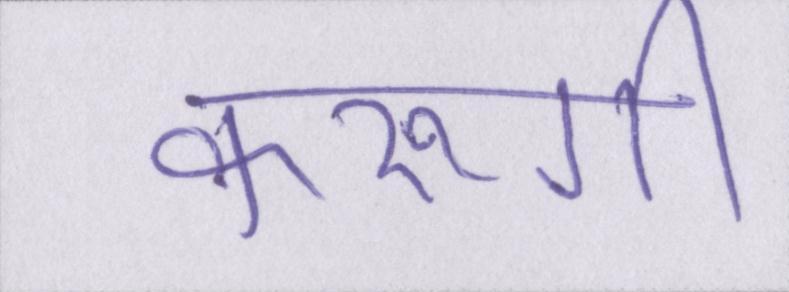
करूंगी